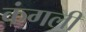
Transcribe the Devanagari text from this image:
कंगली